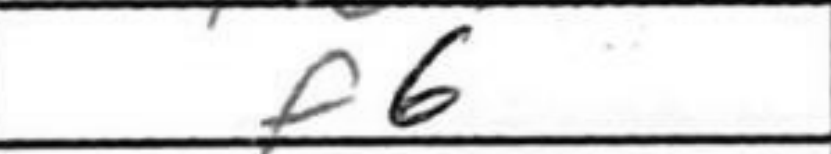
Transcription: f6